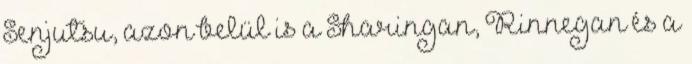
Senjutsu, azon belül is a Sharingan, Rinnegan és a